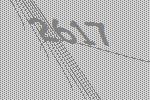
2617